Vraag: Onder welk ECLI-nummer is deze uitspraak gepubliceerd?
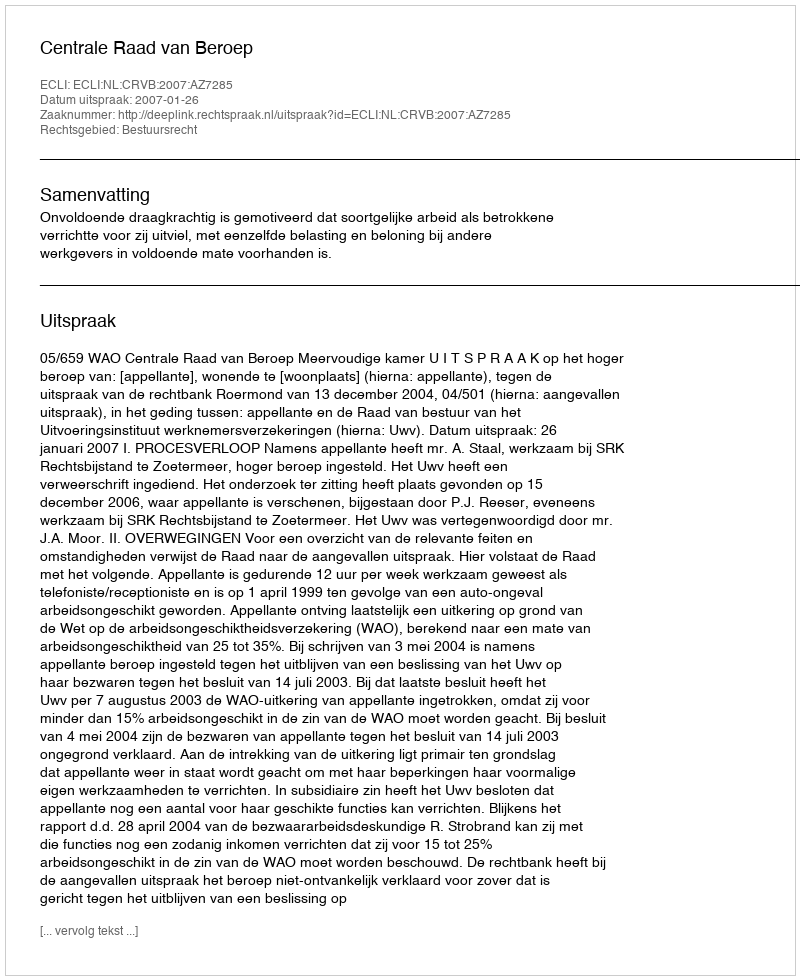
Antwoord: ECLI:NL:CRVB:2007:AZ7285